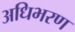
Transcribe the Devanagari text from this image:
अधिभरण